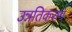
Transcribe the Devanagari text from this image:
उन्नतिकरण